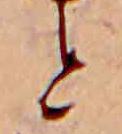
と